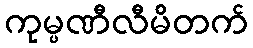
ကုမ္ပဏီလီမိတက်